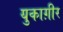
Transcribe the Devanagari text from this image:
युकाग़ीर